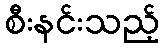
စီးနင်းသည့်